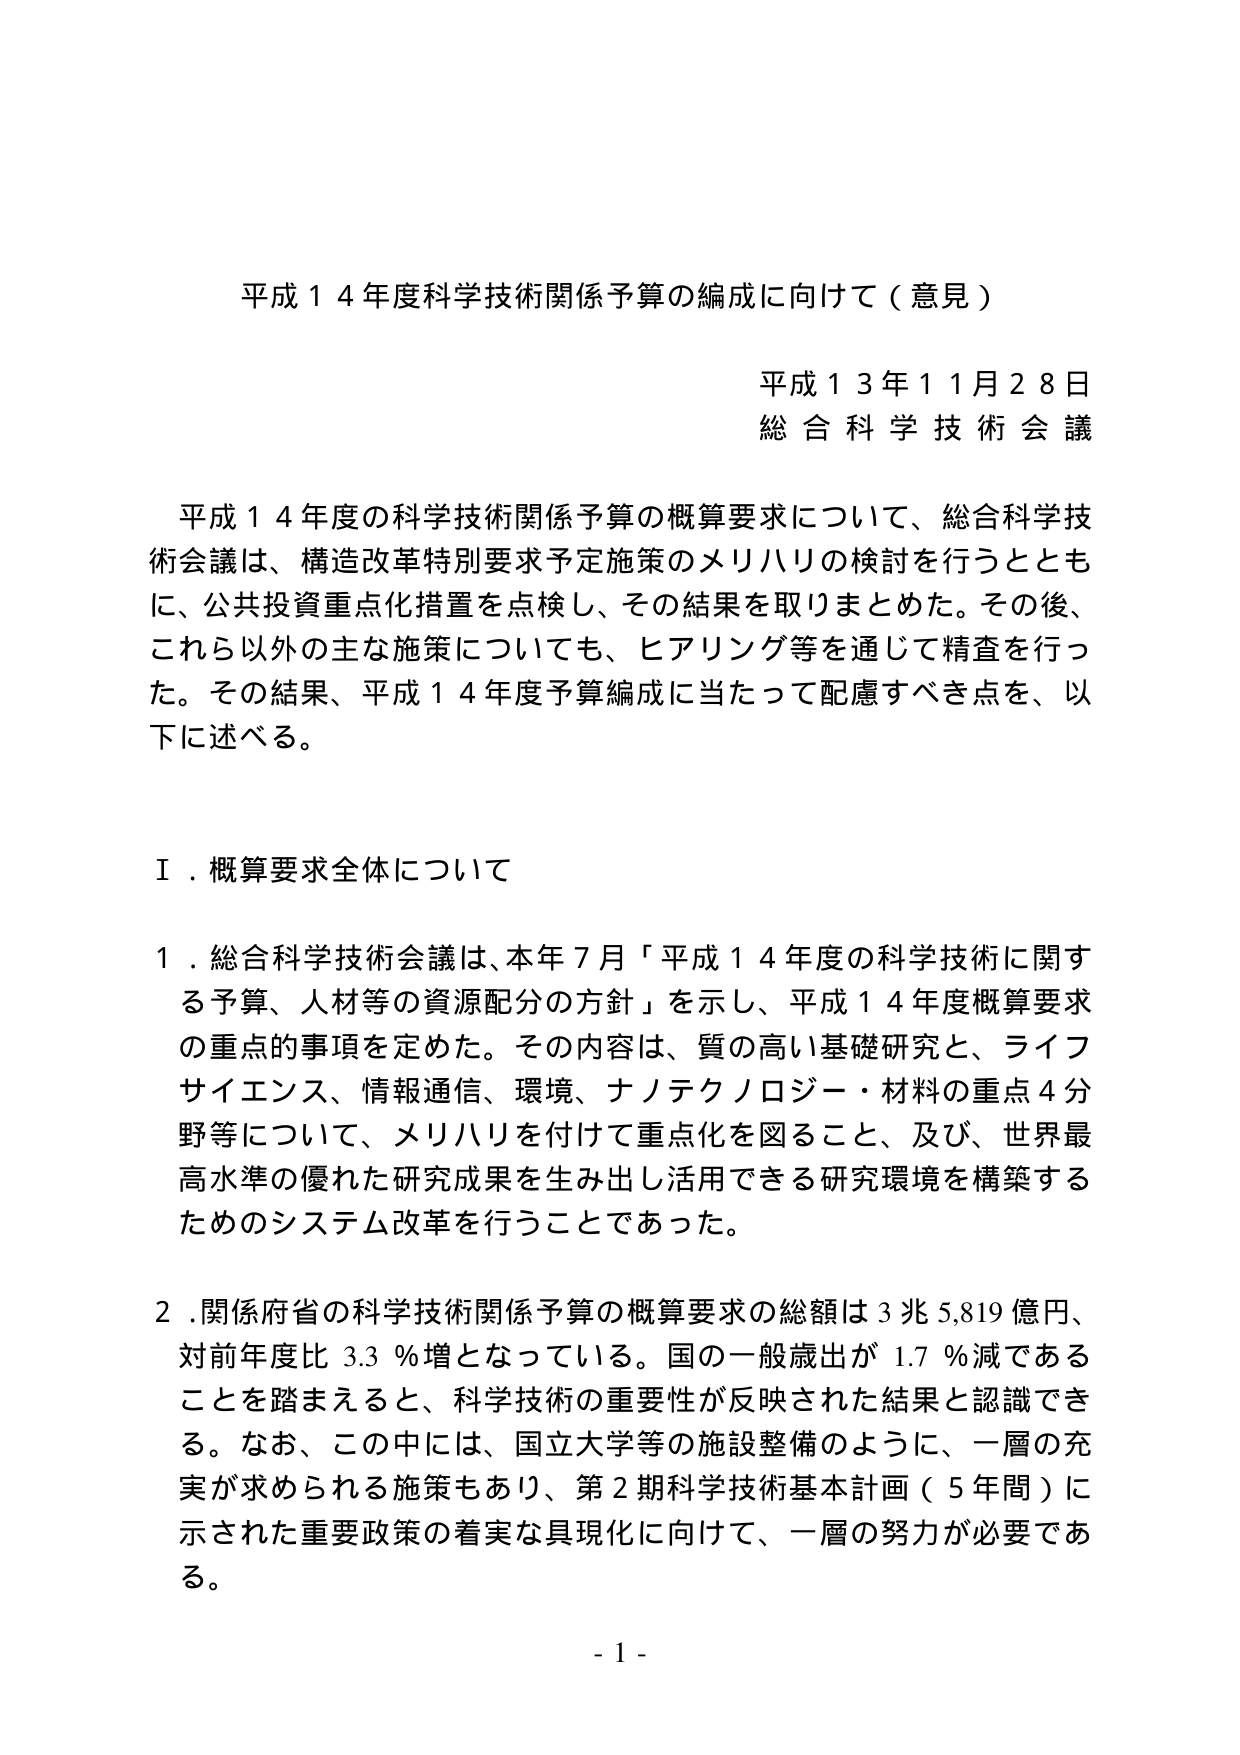
平成１４年度科学技術関係予算の編成に向けて（意見）

平成１３年１１月２８日
総合科学技術会議

平成１４年度の科学技術関係予算の概算要求について、総合科学技術会議は、構造改革特別要求予定施策のメリハリの検討を行うとともに、公共投資重点化措置を点検し、その結果を取りまとめた。その後、これら以外の主な施策についても、ヒアリング等を通じて精査を行った。その結果、平成１４年度予算編成に当たって配慮すべき点を、以下に述べる。

Ⅰ．概算要求全体について

１．総合科学技術会議は、本年７月「平成１４年度の科学技術に関する予算、人材等の資源配分の方針」を示し、平成１４年度概算要求の重点的事項を定めた。その内容は、質の高い基礎研究と、ライフサイエンス、情報通信、環境、ナノテクノロジー・材料の重点４分野等について、メリハリを付けて重点化を図ること、及び、世界最高水準の優れた研究成果を生み出し活用できる研究環境を構築するためのシステム改革を行うことであった。

２．関係府省の科学技術関係予算の概算要求の総額は３兆５,８１９億円、対前年度比３.３％増となっている。国の一般歳出が１.７％減であることを踏まえると、科学技術の重要性が反映された結果と認識できる。なお、この中には、国立大学等の施設整備のように、一層の充実が求められる施策もあり、第２期科学技術基本計画（５年間）に示された重要政策の着実な具現化に向けて、一層の努力が必要である。

- 1 -